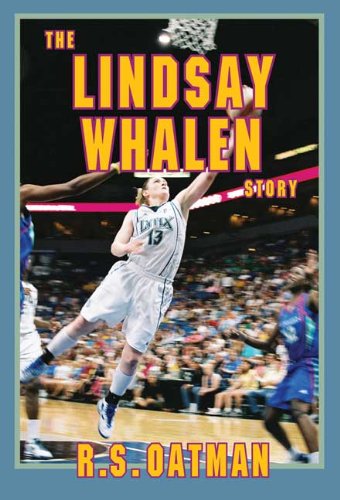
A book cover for The Lindsay Whalen Story; R. S. Oatman; Biographies & Memoirs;